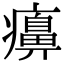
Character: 𤻖